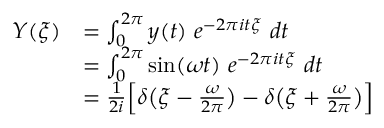
\begin{array} { r l } { Y ( \xi ) } & { = \int _ { 0 } ^ { 2 \pi } y ( t ) ~ e ^ { - 2 \pi i t \xi } ~ d t } \\ & { = \int _ { 0 } ^ { 2 \pi } \sin ( \omega t ) ~ e ^ { - 2 \pi i t \xi } ~ d t } \\ & { = \frac { 1 } { 2 i } \Big [ \delta \big ( \xi - \frac { \omega } { 2 \pi } \big ) - \delta \big ( \xi + \frac { \omega } { 2 \pi } \big ) \Big ] } \end{array}